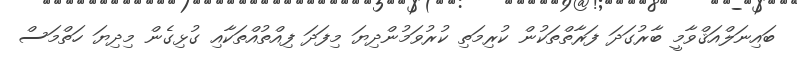
ބައިނަލްއަޤްވާމީ ބާރުގަދަ ފަރާތްތަކުން ކުރިމަތި ކުުރުވަމުންދިޔަ މިފަދަ ފިއްތުއްތަކާއި ގުޅިގެން މިދިޔަ ހަތްމަސް